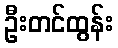
ဦးတင်ထွန်း